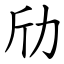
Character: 劤